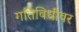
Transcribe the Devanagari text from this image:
गतिविधींवर